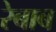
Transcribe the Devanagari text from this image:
रेबाब